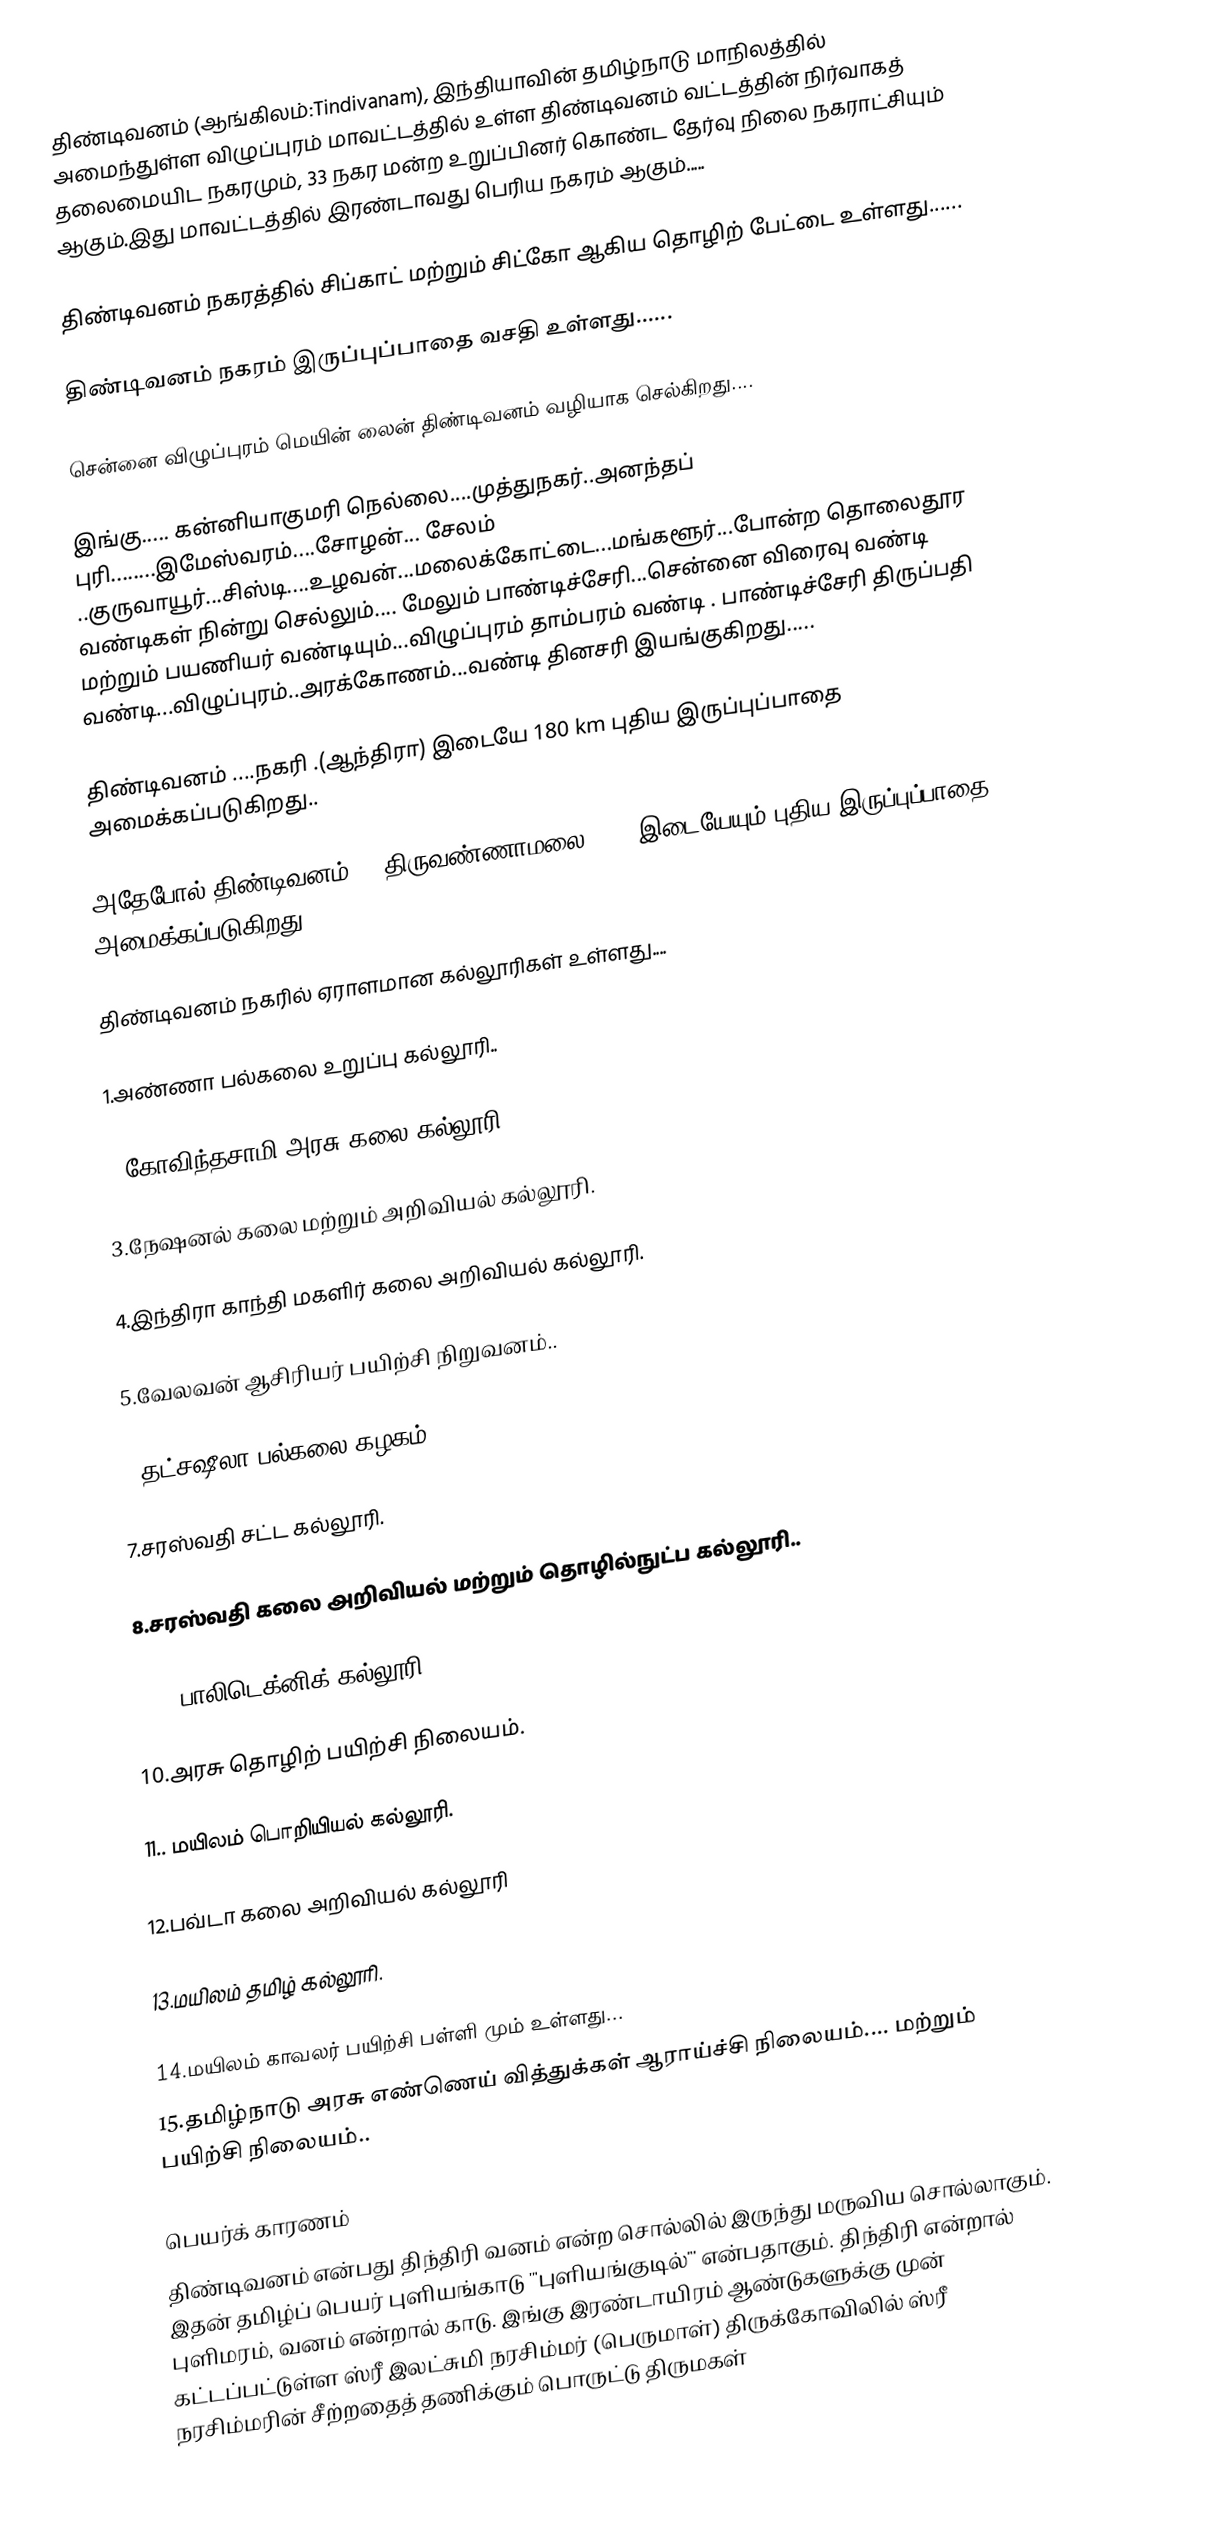
திண்டிவனம் (ஆங்கிலம்:Tindivanam), இந்தியாவின் தமிழ்நாடு மாநிலத்தில் அமைந்துள்ள விழுப்புரம் மாவட்டத்தில் உள்ள திண்டிவனம் வட்டத்தின் நிர்வாகத் தலைமையிட நகரமும், 33 நகர மன்ற உறுப்பினர் கொண்ட தேர்வு நிலை நகராட்சியும் ஆகும்.இது மாவட்டத்தில் இரண்டாவது பெரிய நகரம் ஆகும்.....

திண்டிவனம் நகரத்தில் சிப்காட் மற்றும் சிட்கோ ஆகிய தொழிற் பேட்டை உள்ளது......

திண்டிவனம் நகரம் இருப்புப்பாதை வசதி உள்ளது......

சென்னை விழுப்புரம் மெயின் லைன் திண்டிவனம் வழியாக செல்கிறது....

இங்கு..... கன்னியாகுமரி நெல்லை....முத்துநகர்..அனந்தப் புரி........இமேஸ்வரம்....சோழன்... சேலம் ..குருவாயூர்...சிஸ்டி....உழவன்...மலைக்கோட்டை...மங்களூர்...போன்ற தொலைதூர வண்டிகள் நின்று செல்லும்.... மேலும் பாண்டிச்சேரி...சென்னை விரைவு வண்டி மற்றும் பயணியர் வண்டியும்...விழுப்புரம் தாம்பரம் வண்டி . பாண்டிச்சேரி திருப்பதி வண்டி...விழுப்புரம்..அரக்கோணம்...வண்டி தினசரி இயங்குகிறது.....

திண்டிவனம் ....நகரி .(ஆந்திரா) இடையே 180 km புதிய இருப்புப்பாதை அமைக்கப்படுகிறது..

அதேபோல் திண்டிவனம்....திருவண்ணாமலை (70) இடையேயும் புதிய இருப்புப்பாதை அமைக்கப்படுகிறது...

திண்டிவனம் நகரில் ஏராளமான கல்லூரிகள் உள்ளது....

1.அண்ணா பல்கலை உறுப்பு கல்லூரி..

2.கோவிந்தசாமி அரசு கலை கல்லூரி.

3.நேஷனல் கலை மற்றும் அறிவியல் கல்லூரி.

4.இந்திரா காந்தி மகளிர் கலை அறிவியல் கல்லூரி.

5.வேலவன் ஆசிரியர் பயிற்சி நிறுவனம்..

6.தட்சஷீலா பல்கலை கழகம்.

7.சரஸ்வதி சட்ட கல்லூரி.

8.சரஸ்வதி கலை அறிவியல் மற்றும் தொழில்நுட்ப கல்லூரி..

9.PV பாலிடெக்னிக் கல்லூரி..

10.அரசு தொழிற் பயிற்சி நிலையம்.

11.. மயிலம் பொறியியல் கல்லூரி.

12.பவ்டா கலை அறிவியல் கல்லூரி

13.மயிலம் தமிழ் கல்லூரி.

14.மயிலம் காவலர் பயிற்சி பள்ளி மும் உள்ளது...
15.தமிழ்நாடு அரசு எண்ணெய் வித்துக்கள் ஆராய்ச்சி நிலையம்.... மற்றும் பயிற்சி நிலையம்..

பெயர்க் காரணம்
திண்டிவனம் என்பது திந்திரி வனம் என்ற சொல்லில் இருந்து மருவிய சொல்லாகும். இதன் தமிழ்ப் பெயர் புளியங்காடு '"புளியங்குடில்"' என்பதாகும். திந்திரி என்றால் புளிமரம், வனம் என்றால் காடு. இங்கு இரண்டாயிரம் ஆண்டுகளுக்கு முன் கட்டப்பட்டுள்ள  ஸ்ரீ இலட்சுமி நரசிம்மர் (பெருமாள்) திருக்கோவிலில் ஸ்ரீ நரசிம்மரின் சீற்றதைத் தணிக்கும் பொருட்டு திருமகள்